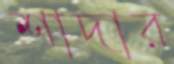
শাদার